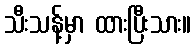
သီးသန့်မှာ ထားပြီးသား။